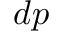
d p